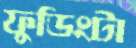
ফুডিংটা